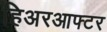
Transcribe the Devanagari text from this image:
हिअरआफ्टर